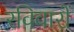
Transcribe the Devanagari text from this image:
रविवारों